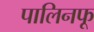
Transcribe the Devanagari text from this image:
पालिनफू